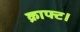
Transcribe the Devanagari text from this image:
क्राफ्ट।